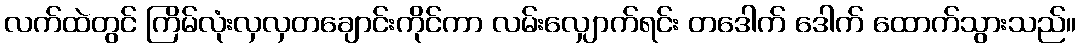
လက်ထဲတွင် ကြိမ်လုံးလှလှတချောင်းကိုင်ကာ လမ်းလျှောက်ရင်း တဒေါက် ဒေါက် ထောက်သွားသည်။